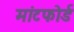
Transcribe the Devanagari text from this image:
मांटफोर्ड